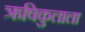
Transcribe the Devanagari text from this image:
ऋषिकुलाला